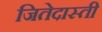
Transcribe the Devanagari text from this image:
जितेदास्ती